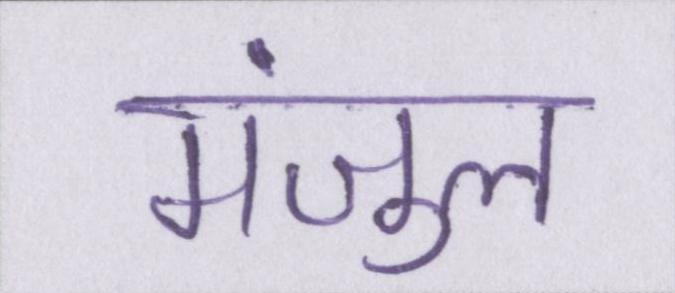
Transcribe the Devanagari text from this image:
मंजुल